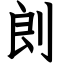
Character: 剆